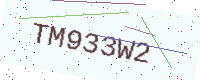
Text: TM933W2